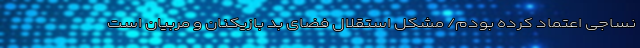
نساجی اعتماد کرده بودم/ مشکل استقلال فضای بد بازیکنان و مربیان است